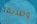
وصديقة